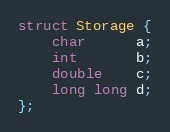
Language: C++
struct Storage {
    char      a;
    int       b;
    double    c;
    long long d;
};